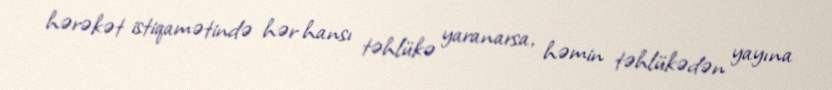
hərəkət istiqamətində hər hansı təhlükə yaranarsa, həmin təhlükədən yayına